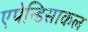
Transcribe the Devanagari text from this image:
एपेन्डिसाकल